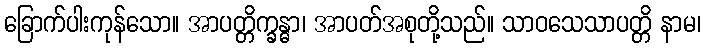
ခြောက်ပါးကုန်သော။ အာပတ္တိက္ခန္ဓာ၊ အာပတ်အစုတို့သည်။ သာဝသေသာပတ္တိ နာမ၊